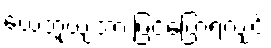
ယေဘူယျအားဖြင့်ပြောရလျှင်